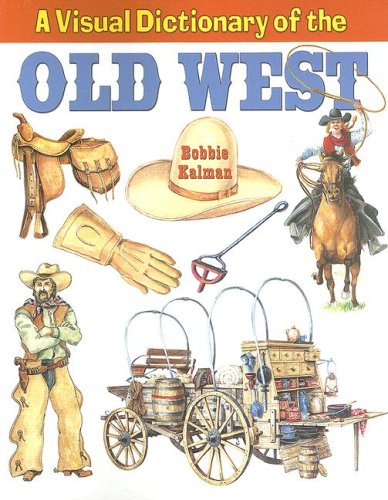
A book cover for A Visual Dictionary of the Old West (Crabtree Visual Dictionaries); Bobbie Kalman; Teen & Young Adult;